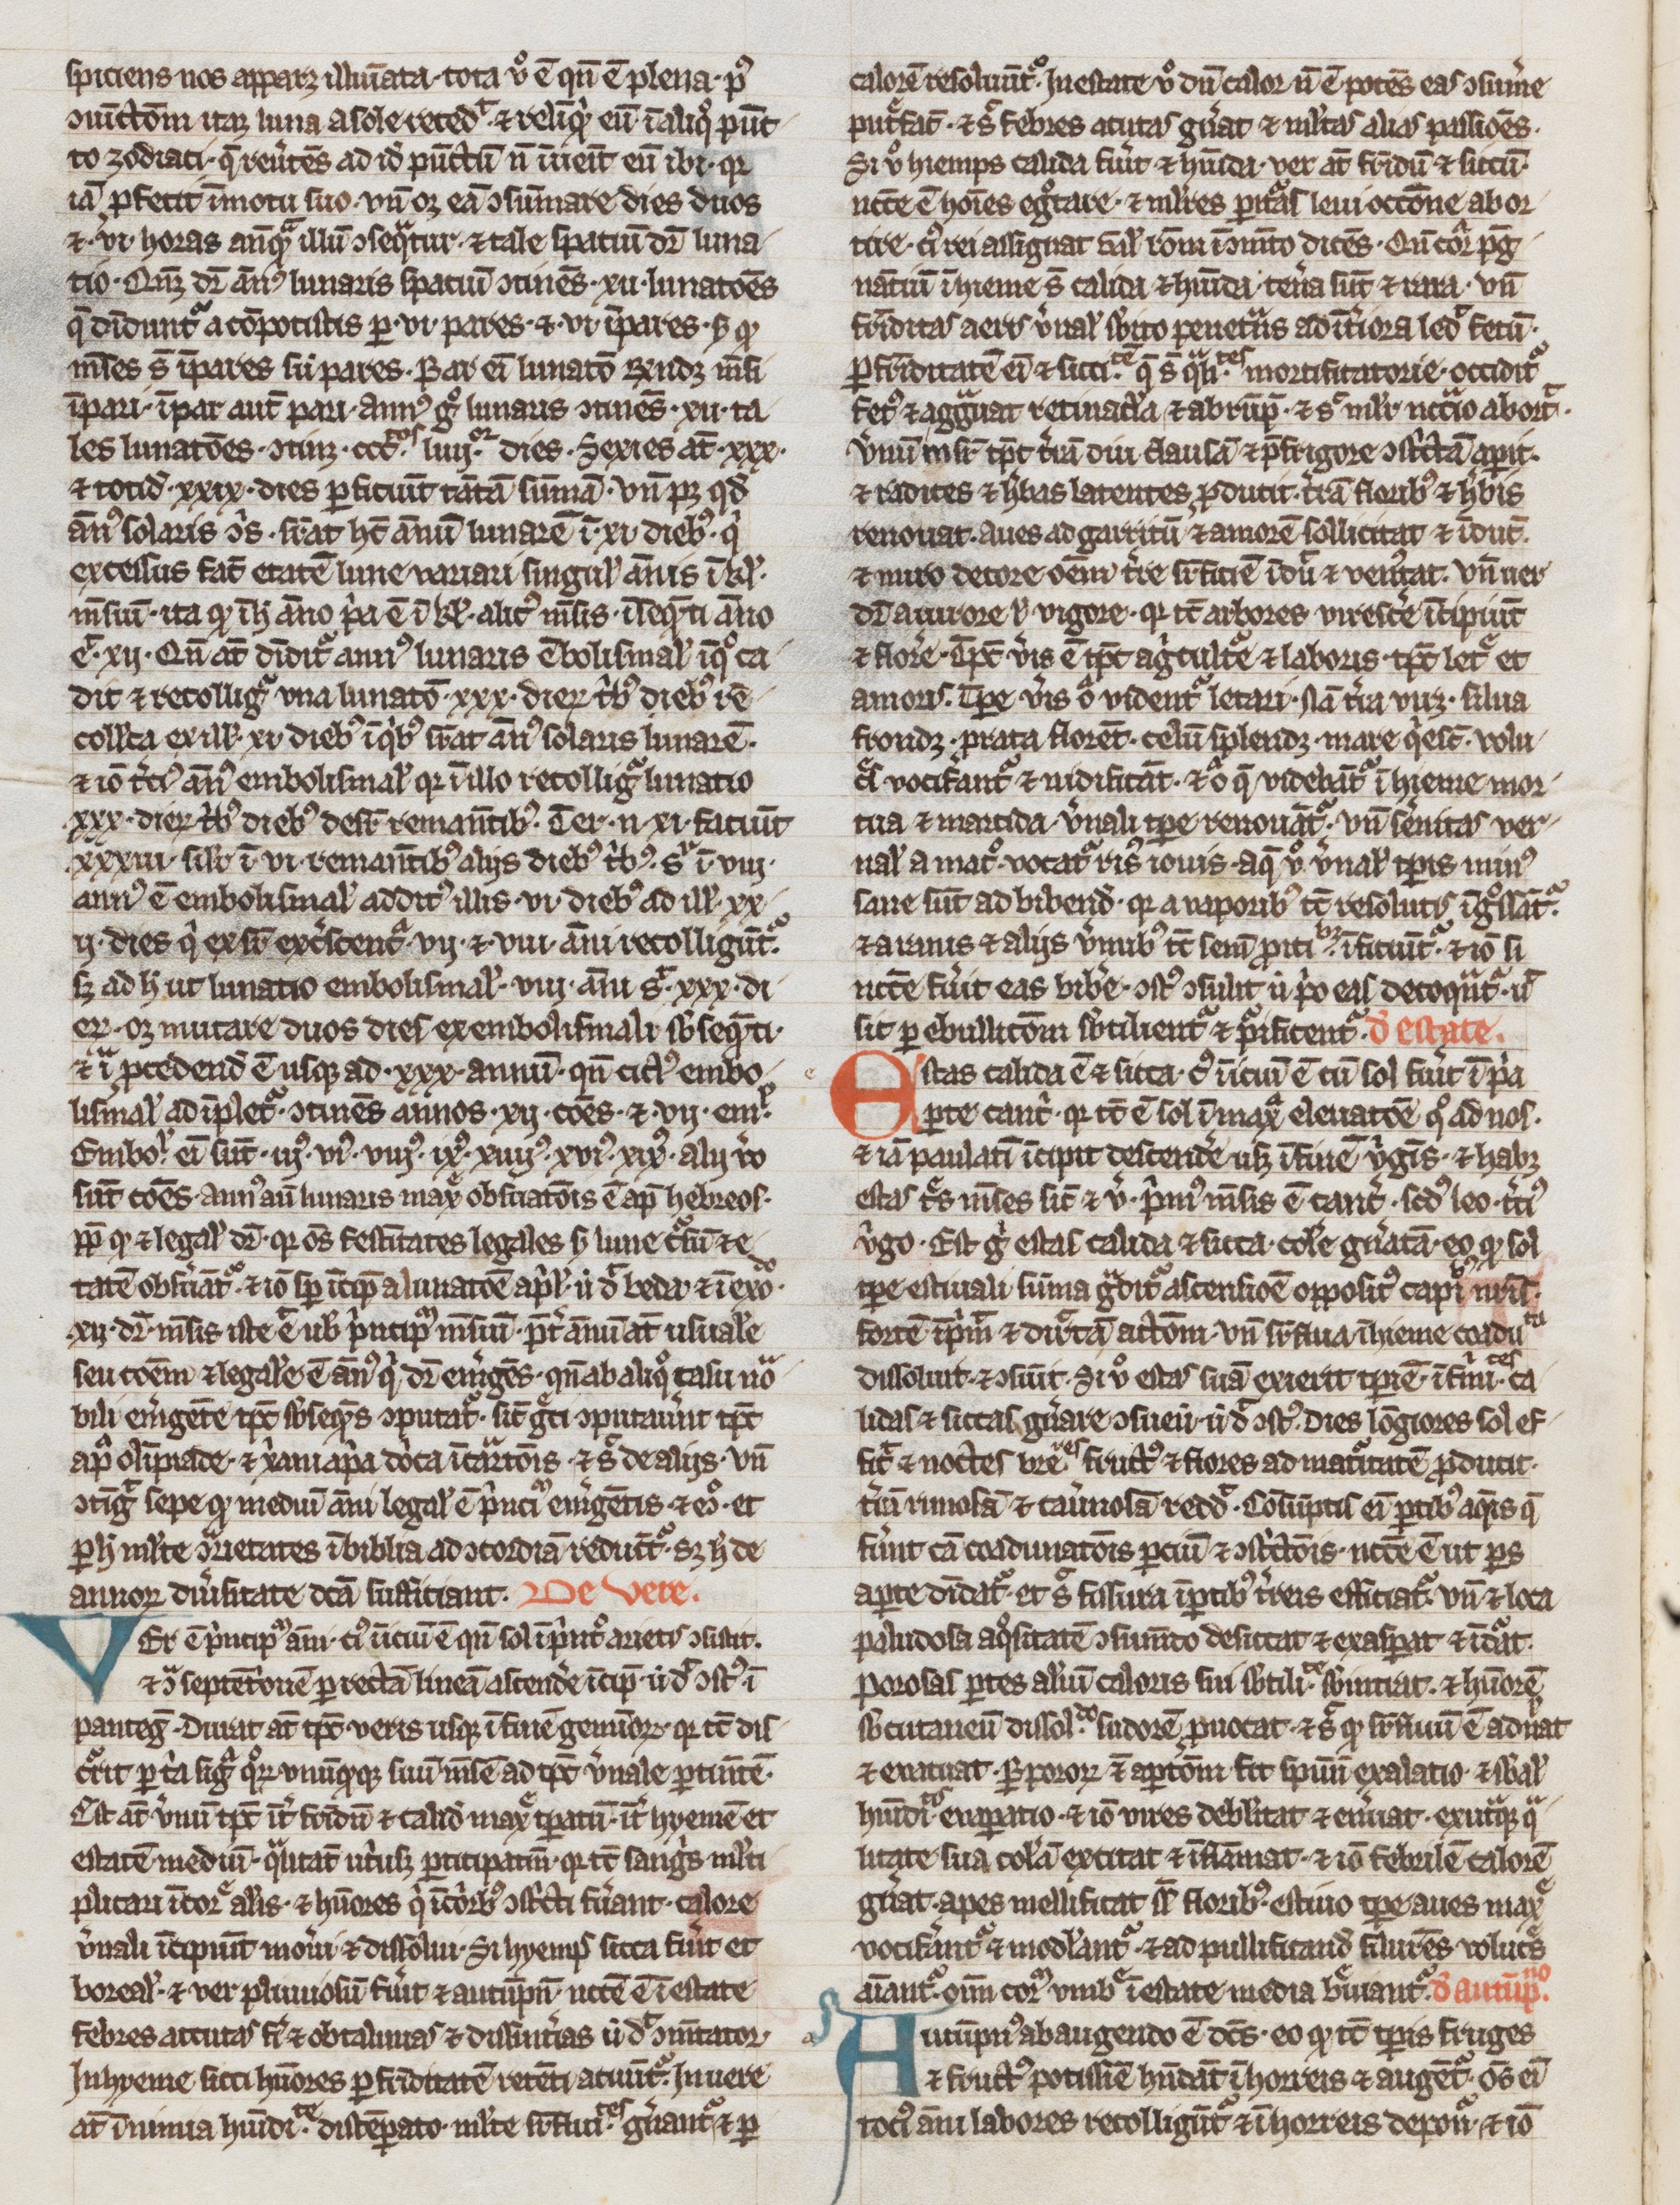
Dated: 1300–1399